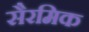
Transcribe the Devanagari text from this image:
सैरमिक